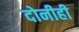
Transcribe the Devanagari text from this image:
दोनीही